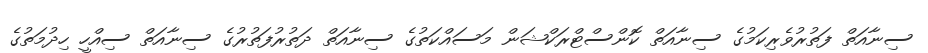
ސިނާއަތް ފަތުރުވެރިކަމުގެ ސިނާއަތް ކޮންސްޓްރަކްޝަން މަސައްކަތުގެ ސިނާއަތް ދަތުރުފަތުރުގެ ސިނާއަތް ސިއްހީ ހިދުމަތުގެ